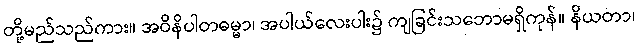
တို့မည်သည်ကား။ အဝိနိပါတဓမ္မာ၊ အပါယ်လေးပါး၌ ကျခြင်းသဘောမရှိကုန်။ နိယတာ၊